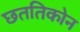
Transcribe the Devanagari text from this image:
छततिकोन